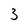
Character: 3